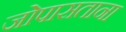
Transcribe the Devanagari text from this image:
जोपासताना